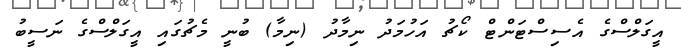
އީގަލްސްގެ އެސިސްޓަންޓް ކޯޗު އަހުމަދު ނިމާދު (ނިމާ) ބުނީ މެޗުގައި އީގަލްސްގެ ނަސީބު